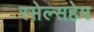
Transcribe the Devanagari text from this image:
रसेल्सहेम